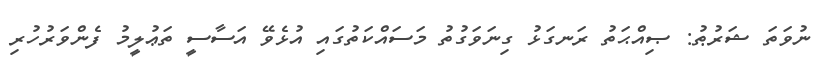
ނުވަތަ ޝަރުޠު: ޞިއްޙަތު ރަނގަޅު ގިނަވަގުތު މަސައްކަތުގައި އުޅެވޭ އަސާސީ ތަޢުލީމު ފެންވަރުހުރި